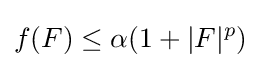
f(F)\leq \alpha (1+|F|^{p})